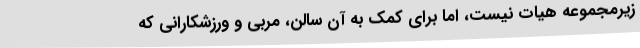
زیرمجموعه هیات نیست، اما برای کمک به آن سالن، مربی و ورزشکارانی که